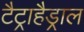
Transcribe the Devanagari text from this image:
टैट्राहैड्राल